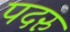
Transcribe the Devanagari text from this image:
पदरु